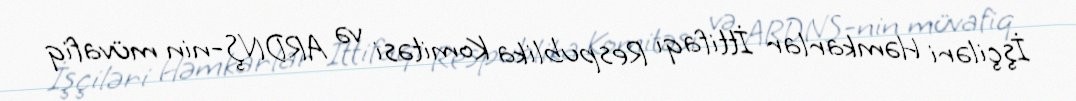
İşçiləri Həmkarlar İttifaqı Respublika Komitəsi və ARDNŞ-nin müvafiq